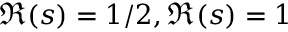
\Re ( s ) = 1 / 2 , \Re ( s ) = 1